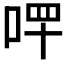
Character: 𠳣